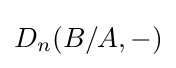
{\textstyle D_{n}(B/A,-)}